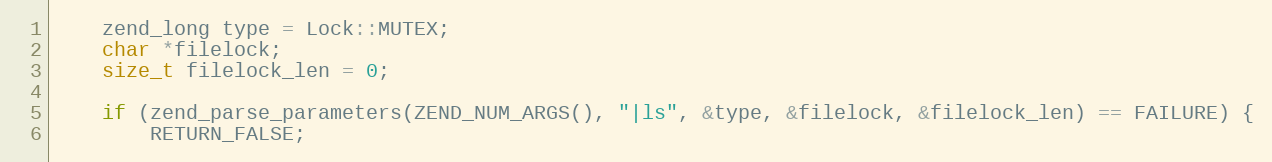
Language: C++
    zend_long type = Lock::MUTEX;
    char *filelock;
    size_t filelock_len = 0;

    if (zend_parse_parameters(ZEND_NUM_ARGS(), "|ls", &type, &filelock, &filelock_len) == FAILURE) {
        RETURN_FALSE;